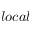
l o c a l